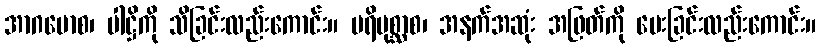
အာဂမောစ၊ ပါဋ္ဌိကို သိခြင်းလည်းကောင်း။ ပရိပုစ္ဆာစ၊ အနက်အဆုံး အဖြတ်ကို မေးခြင်းလည်းကောင်း။